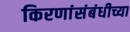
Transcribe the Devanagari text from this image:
किरणांसंबंधीच्या